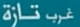
غرب-ناراة